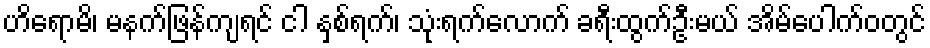
ဟိရောမိ၊ မနက်ဖြန်ကျရင် ငါ နှစ်ရက်၊ သုံးရက်လောက် ခရီးထွက်ဦးမယ် အိမ်ပေါက်ဝတွင်